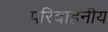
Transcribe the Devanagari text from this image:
परिवाहनीय